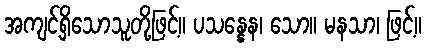
အကျင့်ရှိသောသူတို့ဖြင့်။ ပသန္နေန၊ သော။ မနသာ၊ ဖြင့်။